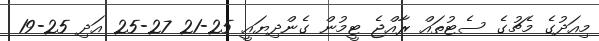
މިއަދުގެ މެޗުގެ ސެޓުތައް ރާއްޖެ ޓީމުން ގެންދިޔައީ 25-21 27-25 އަދި 25-19